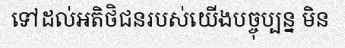
ទៅដល់អតិថិជនរបស់យើងបច្ចុប្បន្ន មិន